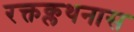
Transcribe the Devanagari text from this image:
रक्तक्लथनास